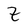
Character: Z